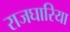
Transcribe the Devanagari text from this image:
राजघारिया